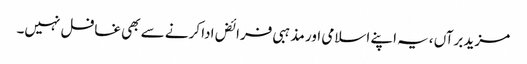
مزید برآں ،یہ اپنے اسلامی اور مذہبی فرائض ادا کرنے سے بھی غافل نہیں۔